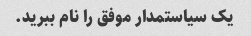
یک سیاستمدار موفق را نام ببرید.